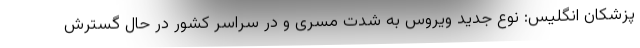
پزشکان انگلیس: نوع جدید ویروس به شدت مسری و در سراسر کشور در حال گسترش